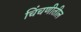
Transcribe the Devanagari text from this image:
चिंचणीतील